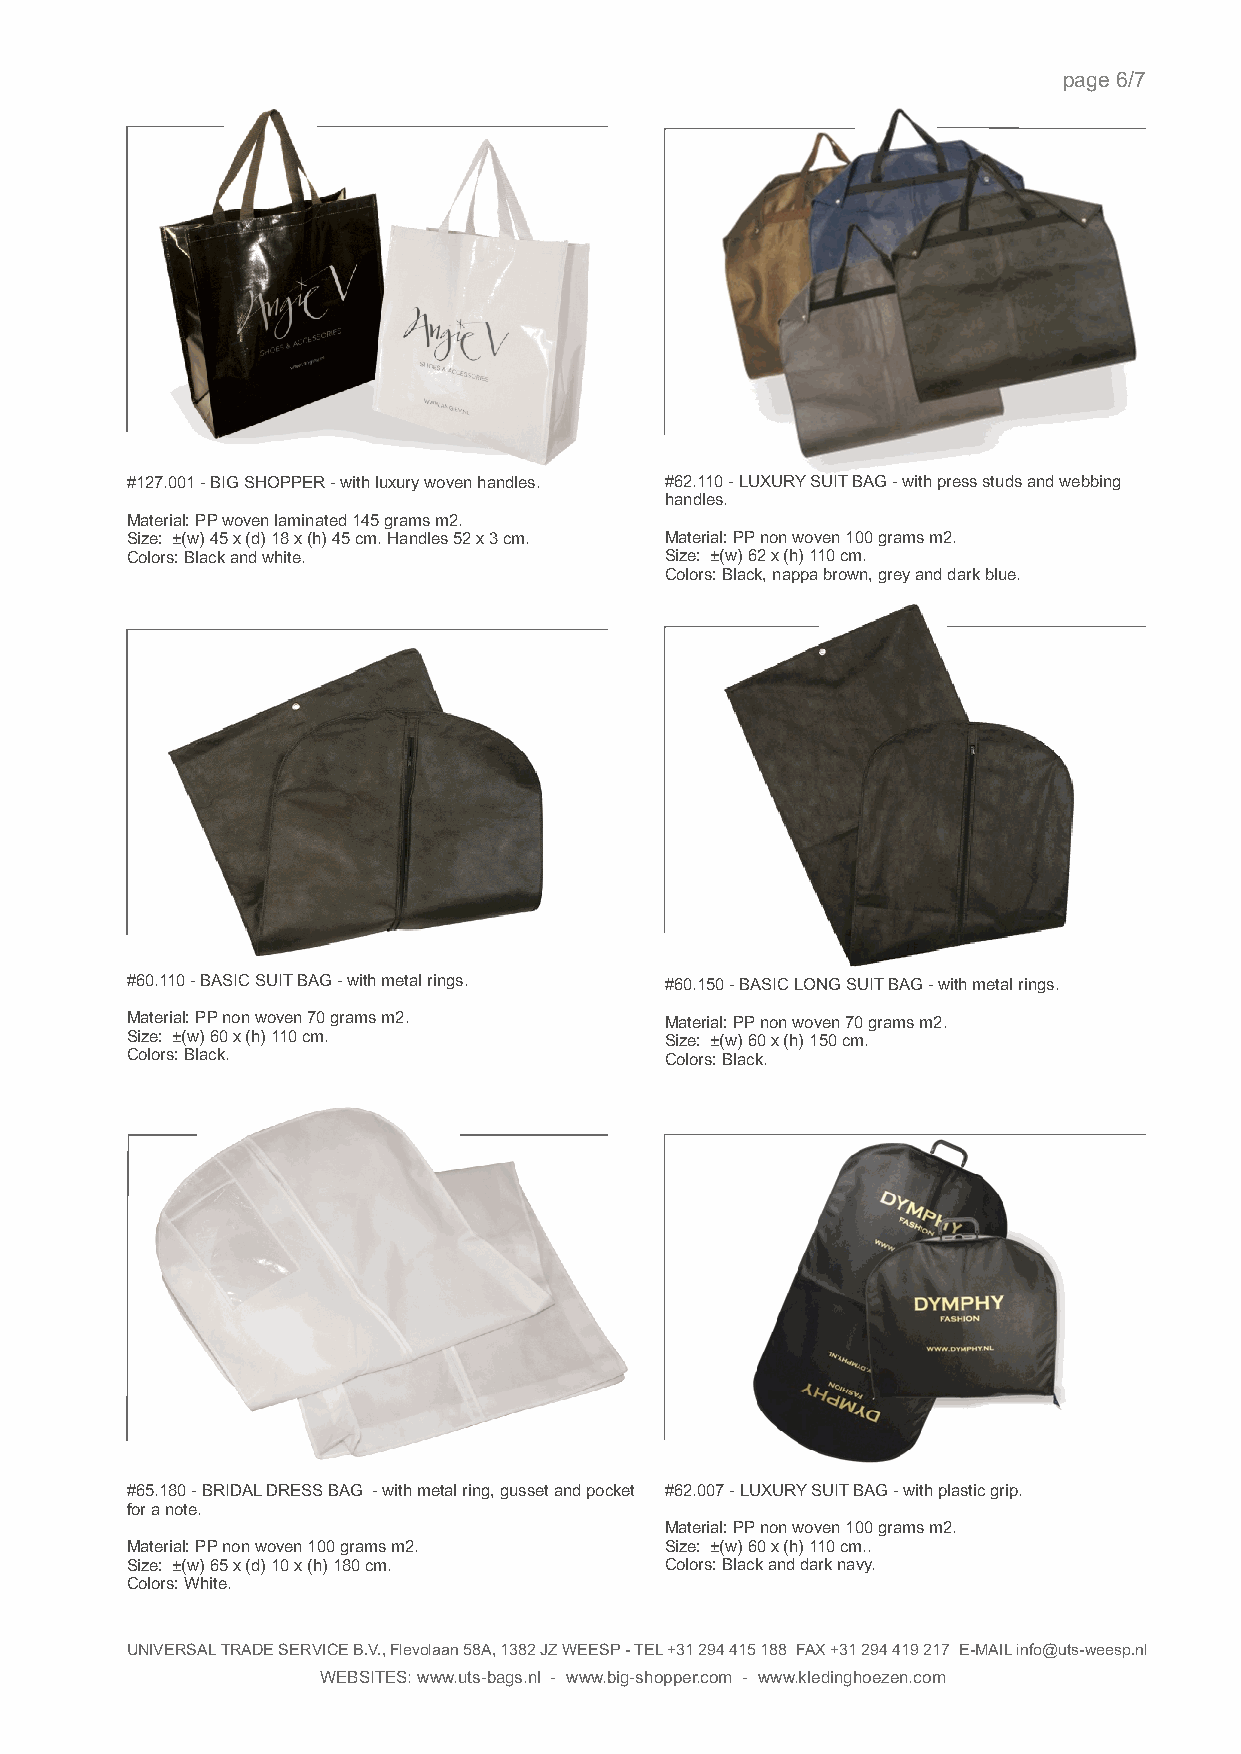
page 6/7
 #127.001 - BIG SHOPPER - with luxury woven handles. #62.110 - LUXURY SUIT BAG - with press studs and webbing
 handles.
 Material: PP woven laminated 145 grams m2.
 Size: ±(w) 45 x (d) 18 x (h) 45 cm. Handles 52 x 3 cm. Material: PP non woven 100 grams m2.
 Colors: Black and white.            Size: ±(w) 62 x (h) 110 cm.
 Colors: Black, nappa brown, grey and dark blue.
 #60.110 - BASIC SUIT BAG - with metal rings. #60.150 - BASIC LONG SUIT BAG - with metal rings.
 Material: PP non woven 70 grams m2. Material: PP non woven 70 grams m2.
 Size: ±(w) 60 x (h) 110 cm.         Size: ±(w) 60 x (h) 150 cm.
 Colors: Black.                      Colors: Black.
 #65.180 - BRIDAL DRESS BAG - with metal ring, gusset and pocket #62.007 - LUXURY SUIT BAG - with plastic grip.
 for a note.
 Material: PP non woven 100 grams m2.
 Material: PP non woven 100 grams m2. Size: ±(w) 60 x (h) 110 cm..
 Size: ±(w) 65 x (d) 10 x (h) 180 cm. Colors: Black and dark navy.
 Colors: White.
 UNIVERSAL TRADE SERVICE B.V., Flevolaan 58A, 1382 JZ WEESP - TEL +31 294 415 188 FAX +31 294 419 217 E-MAIL info@uts-weesp.nl
 WEBSITES: www.uts-bags.nl - www.big-shopper.com - www.kledinghoezen.com